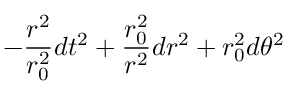
- { \frac { r ^ { 2 } } { r _ { 0 } ^ { 2 } } } d t ^ { 2 } + { \frac { r _ { 0 } ^ { 2 } } { r ^ { 2 } } } d r ^ { 2 } + r _ { 0 } ^ { 2 } d \theta ^ { 2 }